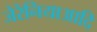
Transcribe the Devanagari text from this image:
जेरेनियाआदि